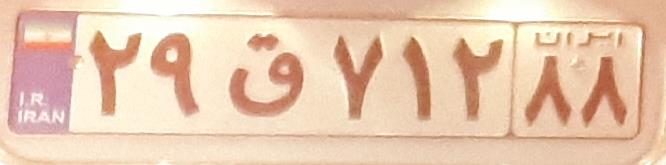
۲۹ق۷۱۲۸۸